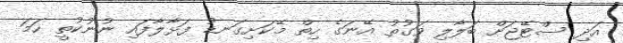
އަދި ސްޓޭޖަށް ބަލާލި ވަގުތު އޭނަގެ ހިތް މޭކަށިގަނޑު ފަޅާލާފައި ނުނުކުތީ ހަމަ